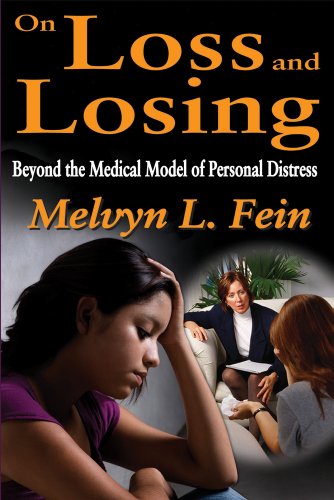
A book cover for On Loss and Losing: Beyond the Medical Model of Personal Distress; Melvyn L. Fein; Medical Books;